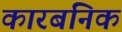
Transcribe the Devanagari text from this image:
कारबनिक